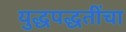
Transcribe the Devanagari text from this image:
युद्धपद्धतींचा